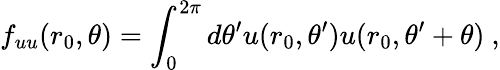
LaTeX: f_{uu}(r_{0},\theta)=\int_{0}^{2\pi}d\theta^{\prime}u(r_{0},\theta^{\prime})u(r_{0},\theta^{\prime}+\theta)\ ,